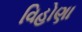
વિહોણા